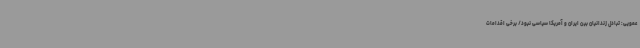
عمویی: تبادل زندانیان بین ایران و آمریکا سیاسی نبود/ برخی اقدامات